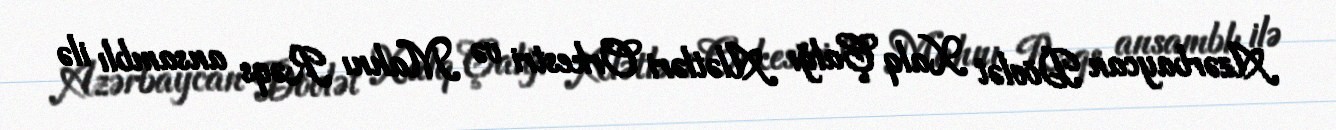
Azərbaycan Dövlət Xalq Çalğı Alətləri Orkestri və Mahnı Rəqs ansamblı ilə